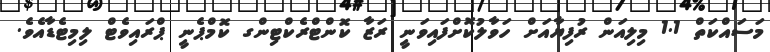
މަސައްކަތް 1.1 މިލިއަން ރުފިޔާއަށް ހަވާލުކޮށްފައިވަނީ ރަޒާ ކޮންޓްރެކްޓިންގ ކޮމްޕެނީ ޕްރައިވެޓް ލިމިޓެޑާއެވެ.